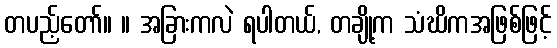
တပည့်တော်။ ။ အခြားကလဲ ရပါတယ်, တချို့က သံဃိကအဖြစ်ဖြင့်